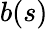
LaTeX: b(s)